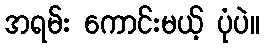
အရမ်း ကောင်းမယ့် ပုံပဲ။